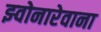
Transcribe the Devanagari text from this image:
झ्वोनारेवाना